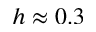
h \approx 0 . 3